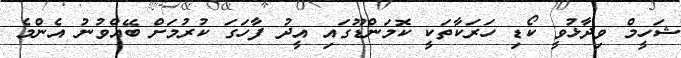
ޝަހީމް ވިދާޅުވީ ކޯޑި ހަރަކާތަކީ ކޮމަންޑޫގައި އީދު ފާހަގަ ކުރުމަށް ބޭއްވުނު އެންމެ